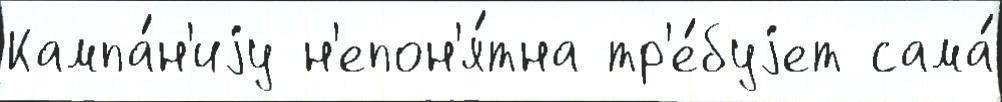
Кампа́н'иjу н'епон'я́тна тр'е́буjет сама́